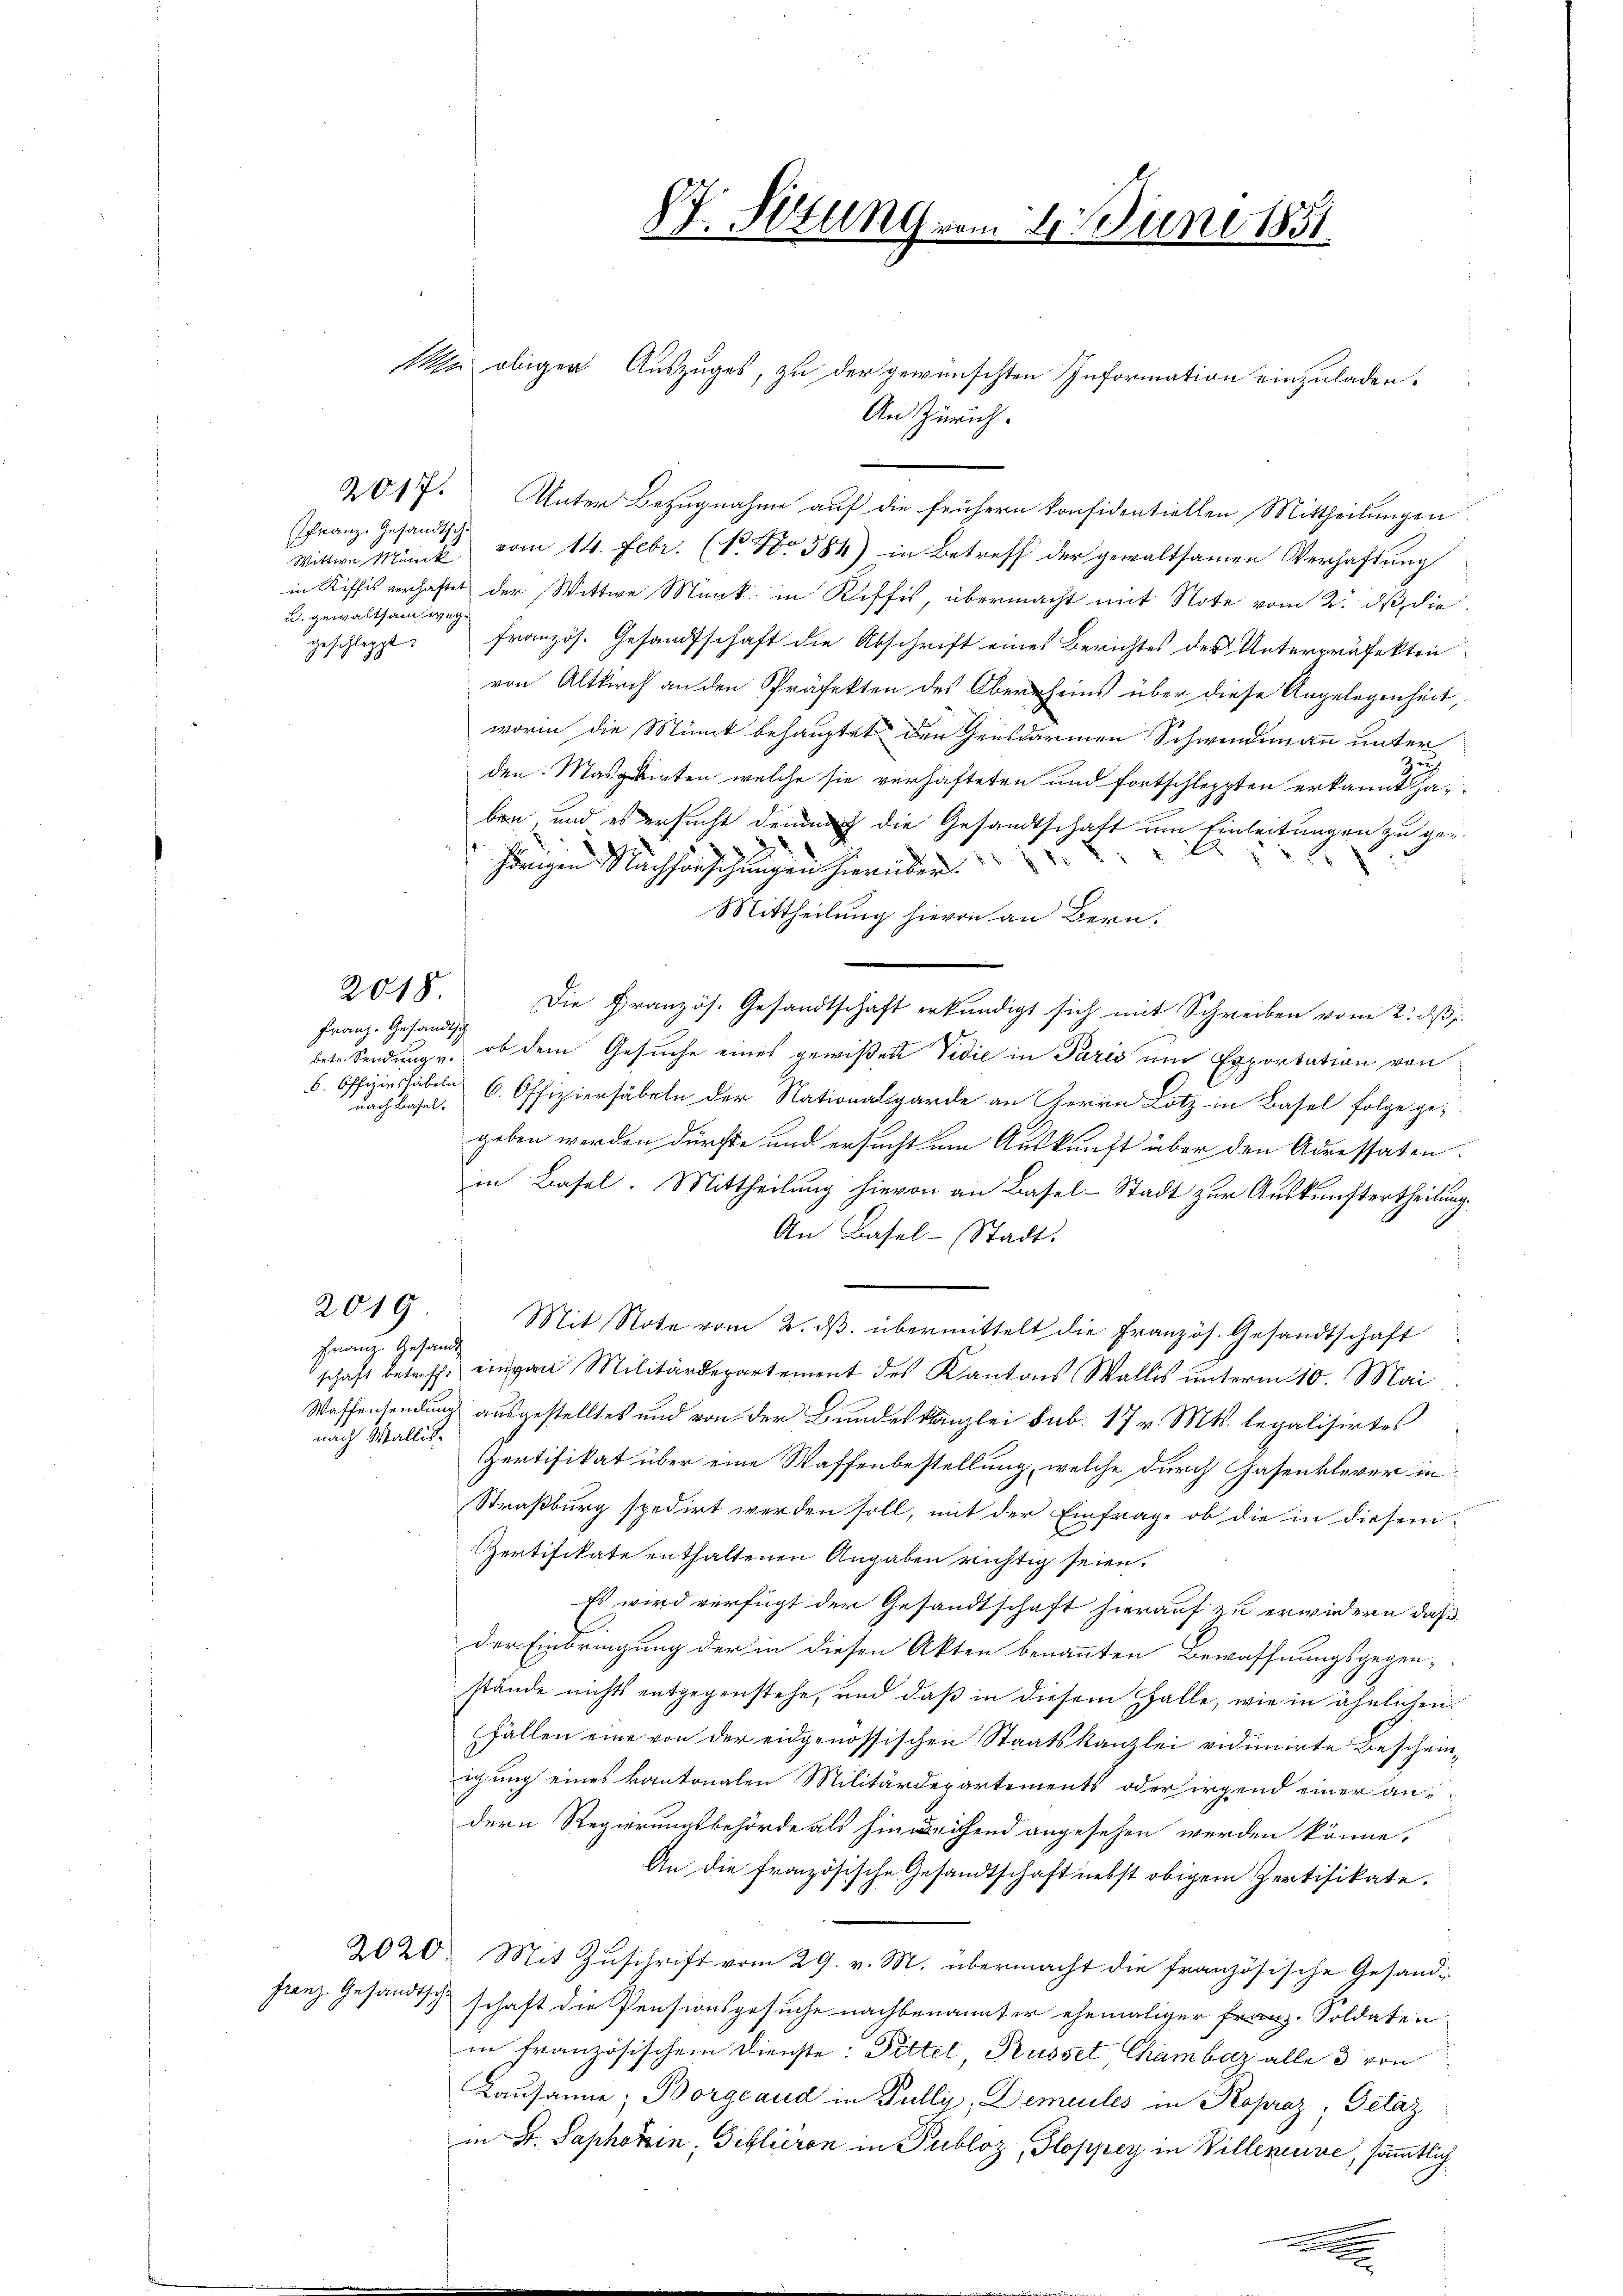
franz. Gesandtsch.
u. gewaltsam weg

2018.

Franz. Gesandtsch
nach Basel:

n obiger Auszuges, zu der gewünschten Information einzuladen.
¬
An Zürich
2017. Unter Bezugnahme auf die frühern konfidentiellen Mittheilungen.
Wittwe Münck vom 14. Febr. (No 584) in Betreff der gewaltsamen Verhaftung
in Riffes verhaftet der Wittwe Munk in Riffis, übermacht mit Note vom 2. ds, die
geschleppt, französ. Gesandtschaft die Abschrift eines Berichtes des Unterpräfekten
von Altkirch an den Präfekten des Oberrheins über diese Angelegenheit,
worin die Minik behauptet den Gensdarmen Schwindemann unter
den: Masgrirten welche sie verhafteten und fortschleppten erkannt haben, und es ersucht demnach die Gesandtschaft um Einleitungen zu gehörigen Nachforschungen hierüber
Mittheilung hievon an Bern.
Die Französ. Gesandtschaft erkundigt sich mit Schreiben vom 2. ds
betr. Sendung u. ob dem Gesuche eines gewißen Vidić in Paris und Exportation von
. Offizier haben 6. Offiziersäbeln der Nationalgarde an Herrn Lotz in Basel folge gegeben werden dürfte und ersucht um Auskunft über den Adressaten.
in Basel. Mittheilung hievon an Basel-Stadt zur Auskunftertheilung.
An Basel-Stadt.
2019
Mit Note vom 2. dβ. übermittelt die Französ. Gesandtschaft
heinige Gesandte
schaft betreff einvan Militärdepartement des Kantons Wallis unterm 10. Mai
Waffensendung ausgestelltes und von der Bundeskanzlei sub. 17 v. Mts. legalisirtes
nach Wallis¬
Zertifikat über eine Waffenbestellung, welche durch Gasenklerer in
Straßburg spedirt werden soll, mit der Einfrage ob die in diesen
Zertifikate enthaltenen Angaben richtig seien.
Es wird verfügt der Gesandtschaft hierauf zu erwiedern daß
der Einbringung der in diesen Akten benannten Bewaffnungsgegen-
stände nichts entgegenstehe, und daß in diesem Galle, wie in ähnlichen
fällen eine von der eidgenössischen Staatskanzlei vidimirte Bescheinigung eines kantonalen Militärdepartements oder irgend einer andern Regierungsbehörde als hinreichend angesehen werden könne.
An die französische Gesandtschaft nebst obigem Zertifikate.
2020. Mit Zuschrift vom 29. v. M. übermacht die französische Gesand¬
Franz. Gesandtsch.
schaft die Pensionsgesuche nachbenannter ehemaliger Franz. Soldaten
in französischem Dienste: Pittel Kusset, Chambaz alle 3 von
Lausanne; Borgeaud in Pulli, Demeules in Ropraz, Getaz
in Fr. Saphokin, Dillieren in Publoz, Gloppey in Willeneuve, sämmtlich
.

H. Sitzung.

u 4. Juni 1851